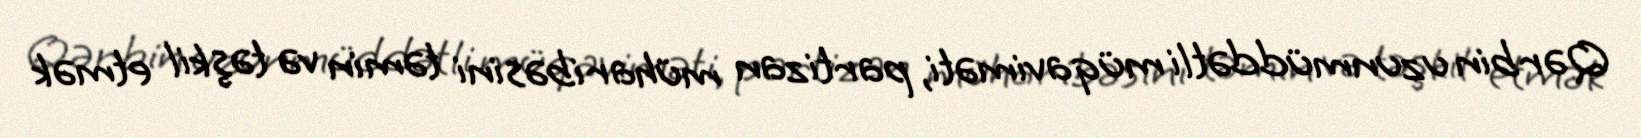
Qərbin uzunmüddətli müqaviməti, partizan müharibəsini təmin və təşkil etmək